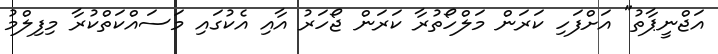
އަޖްނީޕާތު" އަށްފަހި ކަރަން މަލްހޯތުރާ ކަރަން ޖޯހަރު އާއި އެކުގައި މަސައްކަތްކުރާ މިފިލްމު